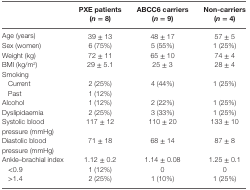
<table><thead><tr><td></td><td><b>PXE patients (<i>n</i> = 8)</b></td><td><b>ABCC6 carriers (<i>n</i> = 9)</b></td><td><b>Non-carriers (<i>n</i> = 4)</b></td></tr></thead><tbody><tr><td>Age (years)</td><td>39 ± 13</td><td>48 ± 17</td><td>57 ± 5</td></tr><tr><td>Sex (women)</td><td>6 (75%)</td><td>5 (55%)</td><td>1 (25%)</td></tr><tr><td>Weight (kg)</td><td>72 ± 11</td><td>65 ± 10</td><td>74 ± 4</td></tr><tr><td>BMI (kg/m<sup>2</sup>)</td><td>29 ± 5.1</td><td>25 ± 3</td><td>28 ± 4</td></tr><tr><td>Smoking</td><td></td><td></td><td></td></tr><tr><td> Current</td><td>2 (25%)</td><td>4 (44%)</td><td>1 (25%)</td></tr><tr><td> Past</td><td>1 (12%)</td><td></td><td></td></tr><tr><td>Alcohol</td><td>1 (12%)</td><td>2 (22%)</td><td>1 (25%)</td></tr><tr><td>Dyslipidaemia</td><td>2 (25%)</td><td>3 (33%)</td><td>1 (25%)</td></tr><tr><td>Systolic blood pressure (mmHg)</td><td>117 ± 12</td><td>110 ± 20</td><td>133 ± 10</td></tr><tr><td>Diastolic blood pressure (mmHg)</td><td>71 ± 18</td><td>68 ± 14</td><td>87 ± 8</td></tr><tr><td>Ankle–brachial index</td><td>1.12 ± 0.2</td><td>1.14 ± 0.08</td><td>1.25 ± 0.1</td></tr><tr><td> &lt;0.9</td><td>1 (12%)</td><td>0</td><td>0</td></tr><tr><td> &gt;1.4</td><td>2 (25%)</td><td>1 (10%)</td><td>1 (25%)</td></tr></tbody></table>